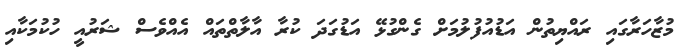
މުޒާހަރާގައި ރައްޔިތުން އަޑުއުފުލުމަށް ގެންގުޅޭ އަޑުގަދަ ކުރާ އާލާތްތައް އެއްވެސް ޝަރުއީ ހުކުމަކާއި